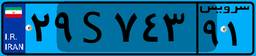
۲۹S۷۴۳۹۱